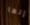
إنها